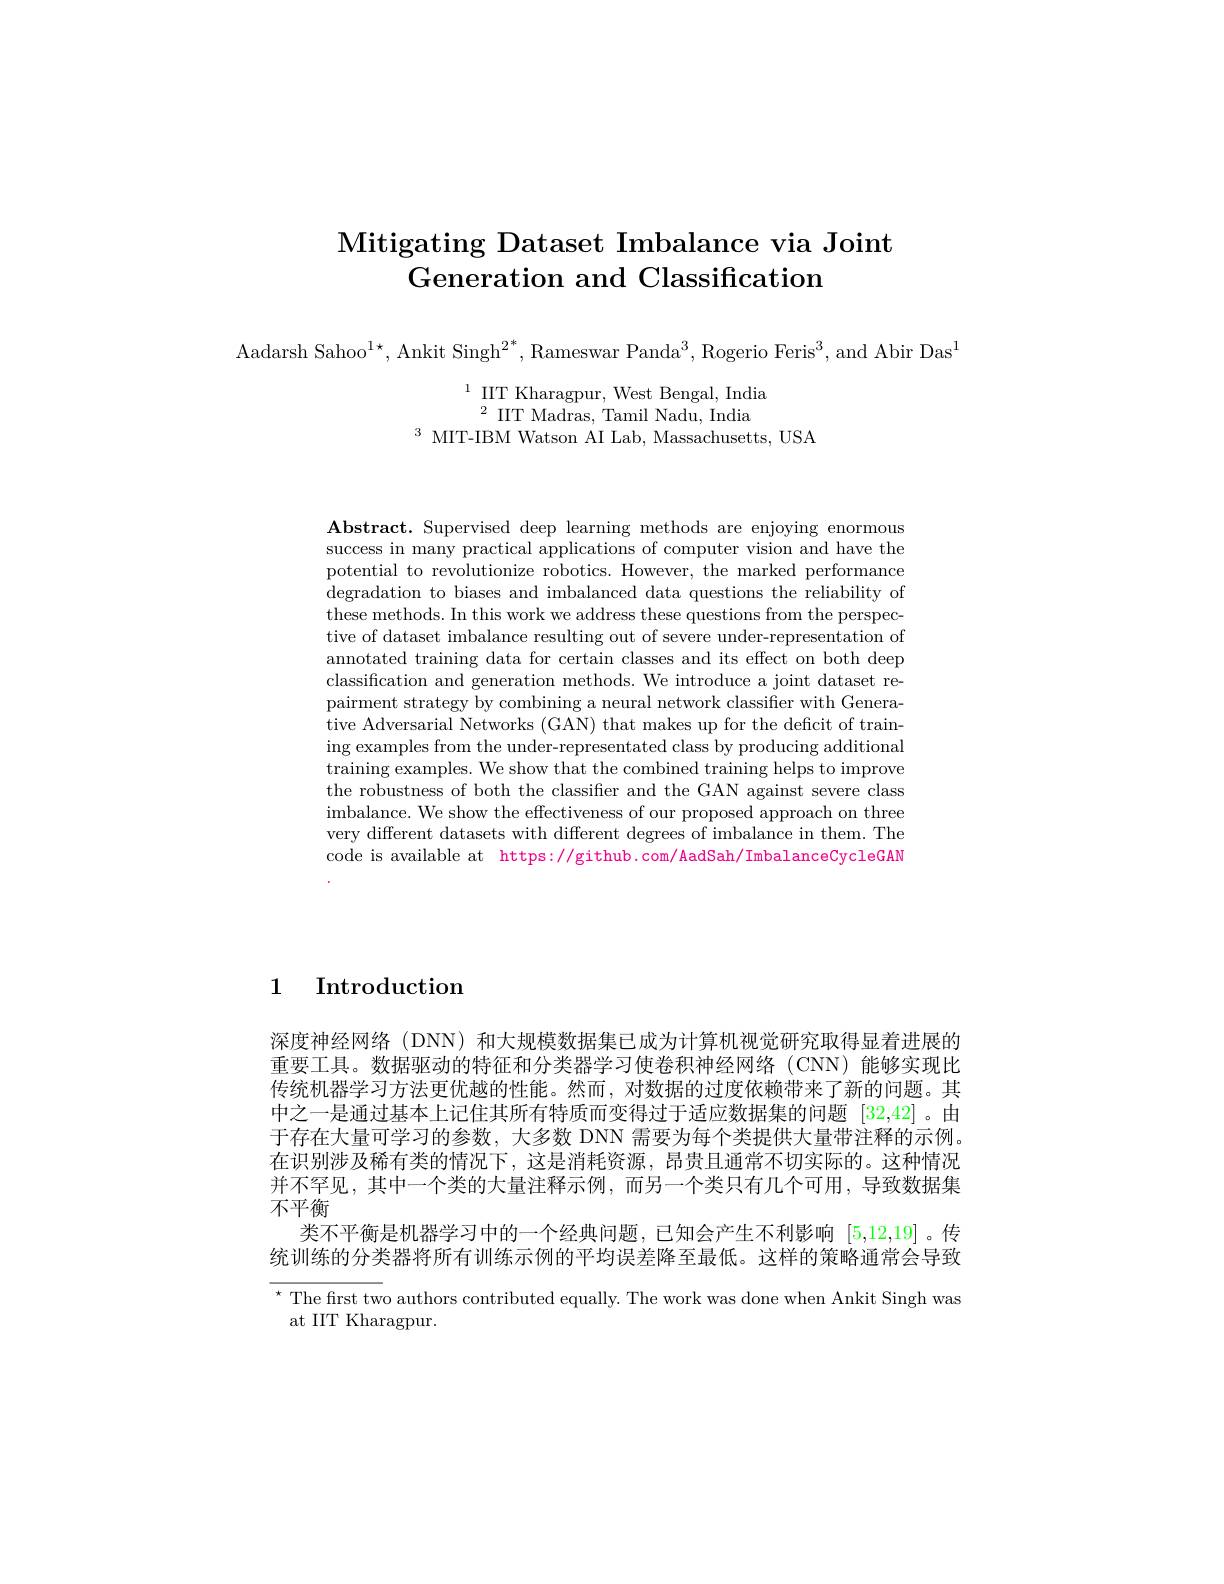
## Mitigating Dataset Imbalance via Joint Generation and Classification

Aadarsh Sahoo$^1\star$, Ankit Singh$^2^*$, Rameswar Panda$^3$, Rogerio Feris$^3$,and Abir Das$^1$

$\begin{array}{c}{1}&{\mathrm{IIT~Kharagpur,~West~Bengal,~India}}\\{2}&{\mathrm{IIT~Madras,~Tamil~Nadu,~India}}\\{\mathrm{MIT-IBM~Watson~AI~Lab,~Massachusetts,~USA}}\end{array}$

$\mathbf{Abstract.~Supervised~deep~learning~methods~are~enjoying~enormous}$ success in many practical applications of computer vision and have the potential to revolutionize robotics. However, the marked performance degradation to biases and imbalanced data questions the reliability of these methods. In this work we address these questions from the perspective of dataset imbalance resulting out of severe under-representation of annotated training data for certain classes and its effect on both deep classification and generation methods. We introduce a joint dataset repairment strategy by combining a neural network classifier with Generative Adversarial Networks (GAN) that makes up for the deficit of training examples from the under-representated class by producing additional training examples. We show that the combined training helps to improve the robustness of both the classifier and the GAN against severe class imbalance. We show the effectiveness of our proposed approach on three very different datasets with different degrees of imbalance in them. The code is available at https://github.com/AadSah/ImbalanceCycleGAN

1 Introduction

深度神经网络(DNN)和大规模数据集已成为计算机视觉研究取得显着进展的重要工具。数据驱动的特征和分类器学习使卷积神经网络(CNN)能够实现比传统机器学习方法更优越的性能。然而，对数据的过度依赖带来了新的问题。其中之一是通过基本上记住其所有特质而变得过于适应数据集的问题 [32,42]。由于存在大量可学习的参数，大多数 DNN 需要为每个类提供大量带注释的示例。在识别涉及稀有类的情况下，这是消耗资源，昂贵且通常不切实际的。这种情况并不罕见，其中一个类的大量注释示例，而另一个类只有几个可用，导致数据集不平衡
类不平衡是机器学习中的一个经典问题，已知会产生不利影响[5,12,19]。传统训练的分类器将所有训练示例的平均误差降至最低。这样的策略通常会导致${^{\star}\text{ The first two authors contributed equally. The work was done when Ankit Singh was}}$ at IIT Kharagpur.